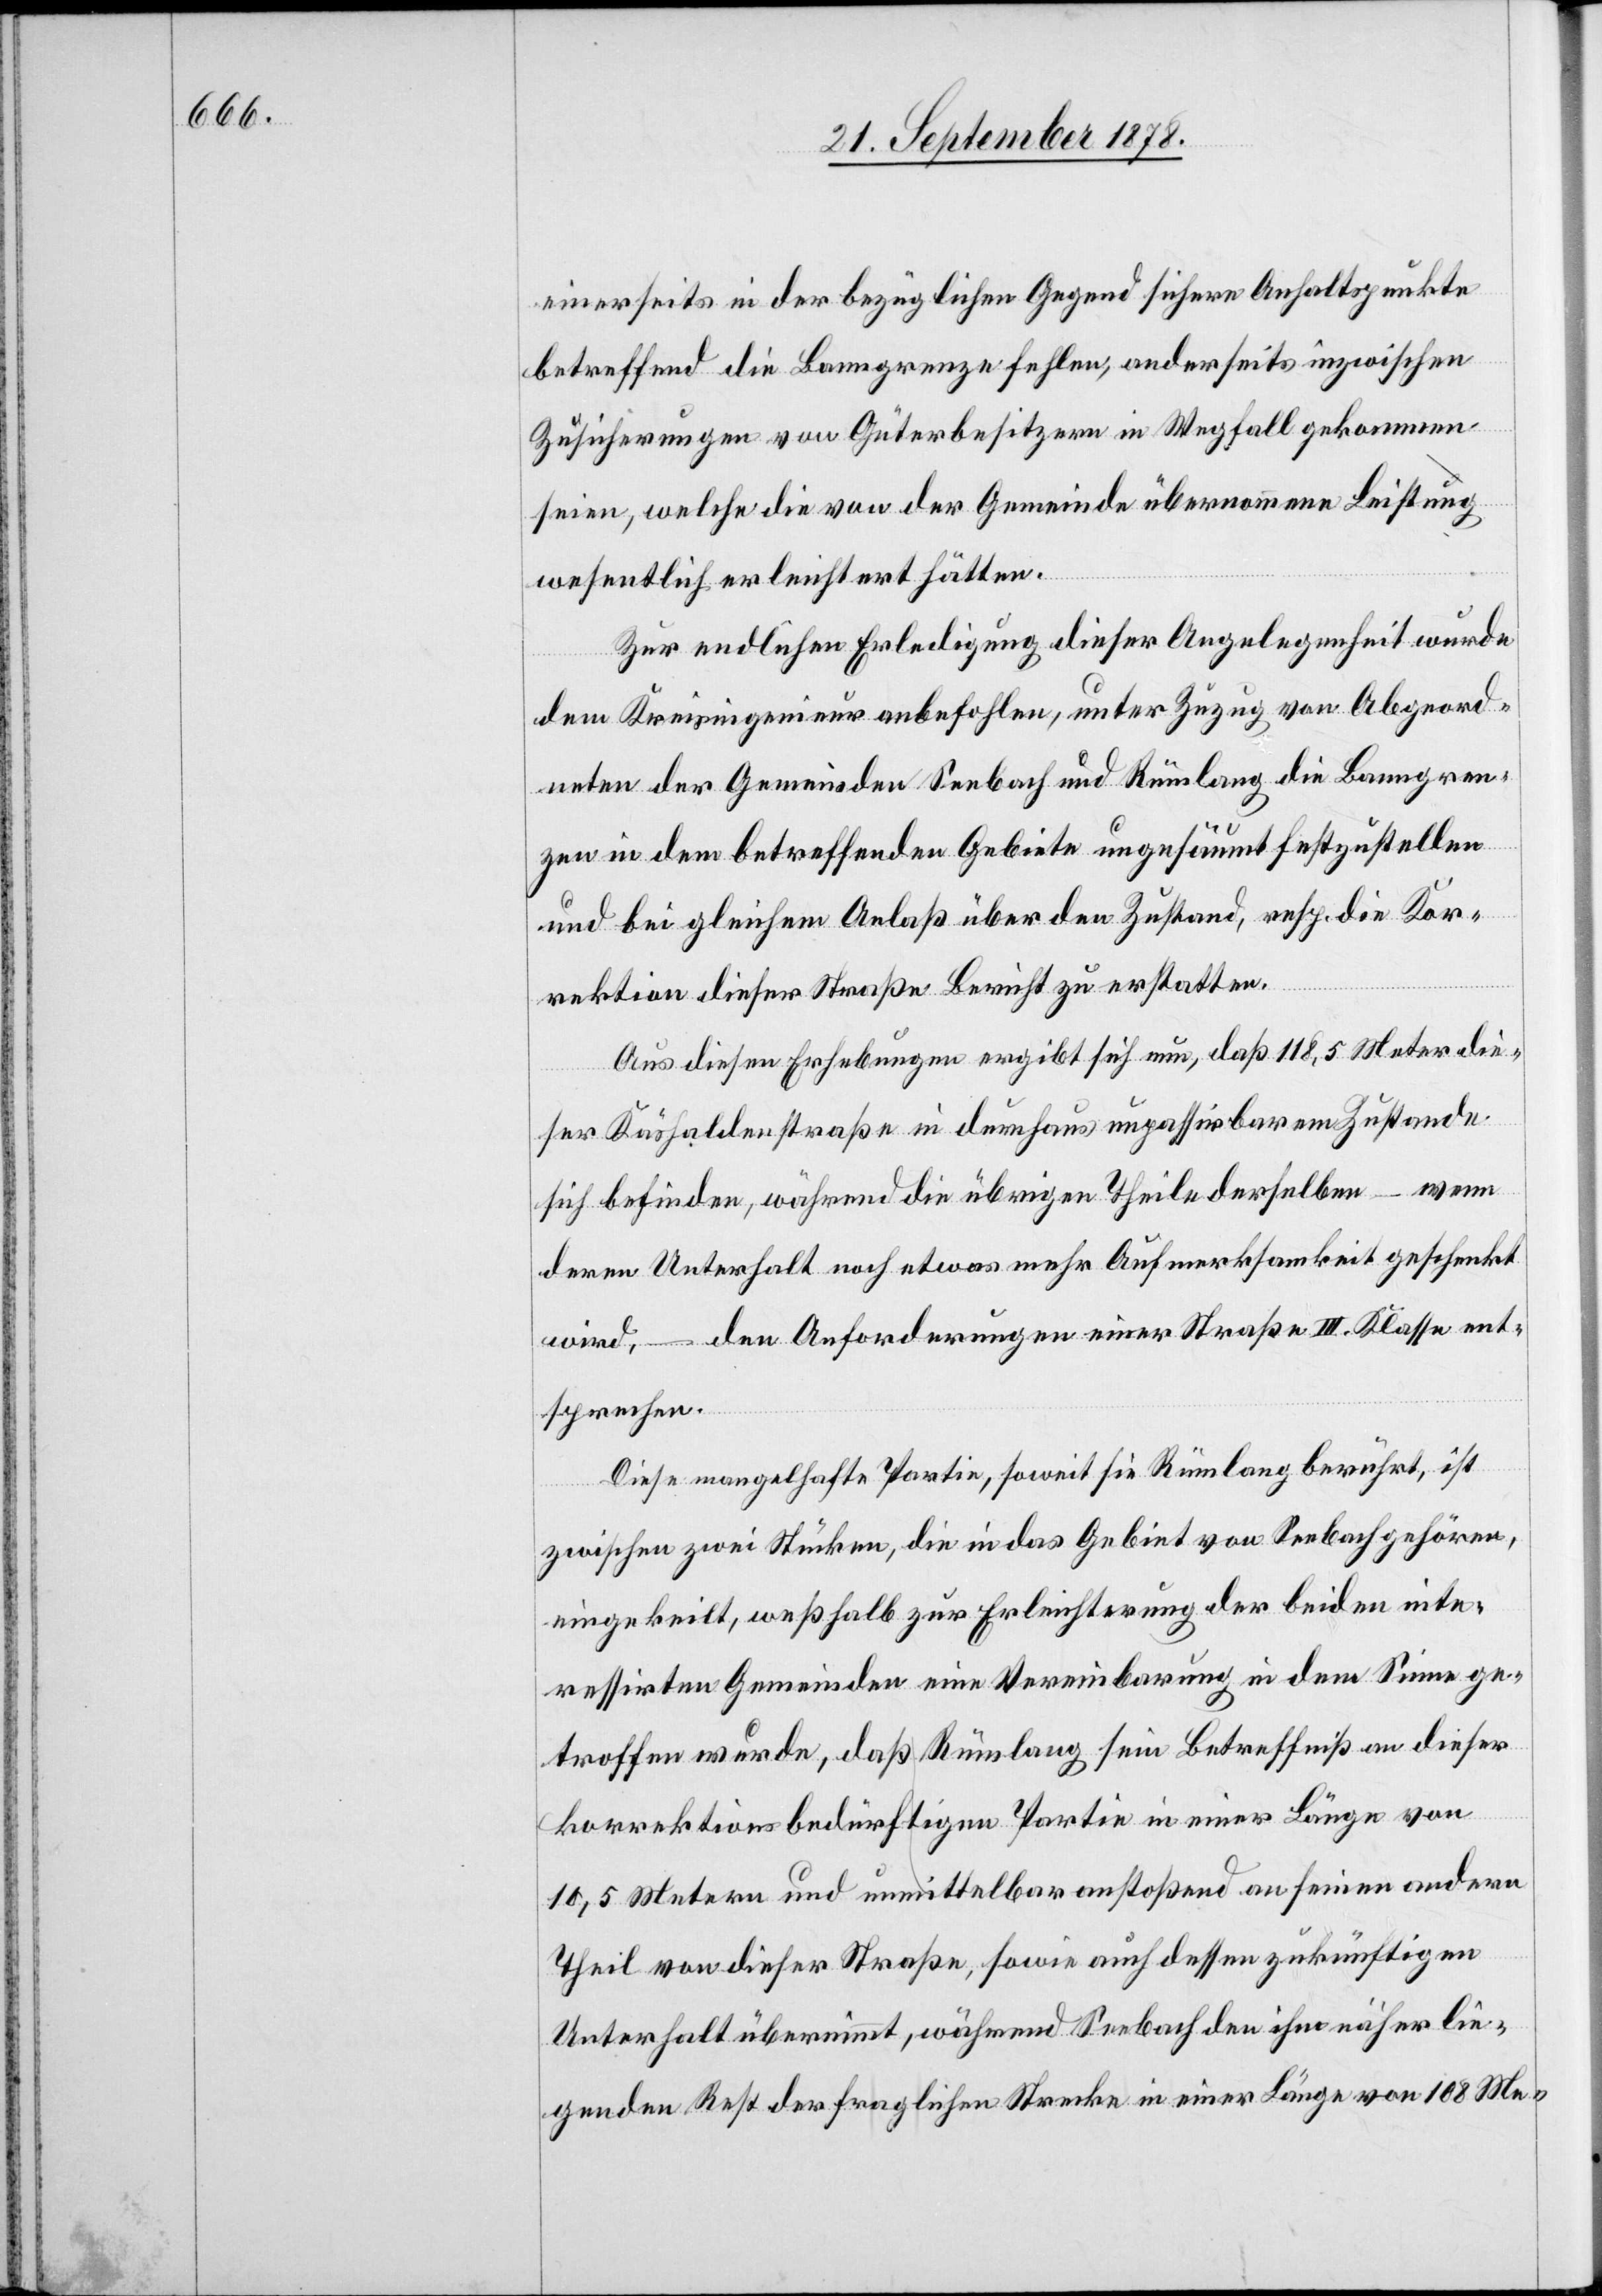
einerseits in der bezüglichen Gegend sichere Anhaltspunkte
betreffend die Banngrenze fehlen, anderseits inzwischen
Zusicherungen von Güterbesitzern in Wegfall gekommen
seien, welche die von der Gemeinde übernommene Leistung
wesentlich erleichtert hätten.
Zur endlichen Erledigung dieser Angelegenheit wurde
dem Kreisingenieur anbefohlen, unter Zuzug von Abgeord¬
neten der Gemeinde Seebach und Rümlang die Banngren¬
zen in dem betreffenden Gebiete ungesäumt festzustellen
und bei gleichem Anlaß über den Zustand, resp. die Kor¬
rektion dieser Straße Bericht zu erstatten.
Aus diesen Erhebungen ergibt sich nun, daß 118,5 Meter die¬
ser Käshaldenstraße in durchaus unpassirbarem Zustande
sich befinden, während die übrigen Theile derselben – wenn
deren Unterhalt noch etwas mehr Aufmerksamkeit geschenkt
wird, – den Anforderungen einer Straße III. Klasse ent¬
sprechen.
Diese mangelhafte Partie, soweit sie Rümlang berührt, ist
zwischen zwei Stücken, die in das Gebiet von Seebach gehören,
eingekeilt, weßhalb zur Erleichterung der beiden inte¬
ressirten Gemeinden eine Vereinbarung in dem Sinne ge¬
troffen wurde, daß Rümlang sein Betreffniß an dieser
korrektionsbedürftigen Partie in einer Länge von
10,5 Metern und unmittelbar anstoßend an seinen andern
Theil von dieser Straße, sowie auch dessen zukünftigen
Unterhalt übernimmt, während Seebach den ihm näher lie¬
genden Rest der fraglichen Strecke in einer Länge von 108 Me-